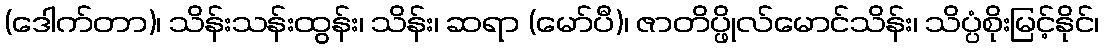
(ဒေါက်တာ)၊ သိန်းသန်းထွန်း၊ သိန်း၊ ဆရာ (မော်ပီ)၊ ဇာတိပ္ဖိုလ်မောင်သိန်း၊ သိပ္ပံစိုးမြင့်နိုင်၊